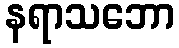
နရာသဘော